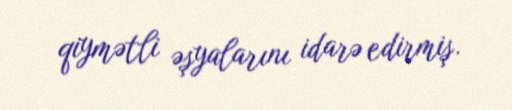
qiymətli əşyalarını idarə edirmiş.